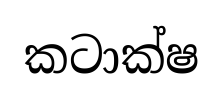
කටාක්ෂ